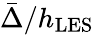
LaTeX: \bar{\Delta}/h_{\mathrm{{LES}}}